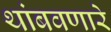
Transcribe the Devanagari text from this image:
थांबवणारे